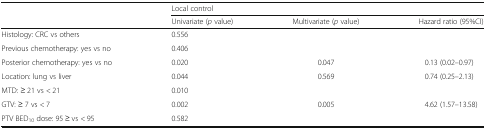
|  | <COLSPAN=3> Local control |
 |  | Univariate (p value) | Multivariate (p value) | Hazard ratio (95%CI) |
 | --- | --- | --- | --- |
 | Histology: CRC vs others | 0.556 |  |  |
 | Previous chemotherapy: yes vs no | 0.406 |  |  |
 | Posterior chemotherapy: yes vs no | 0.020 | 0.047 | 0.13 (0.02–0.97) |
 | Location: lung vs liver | 0.044 | 0.569 | 0.74 (0.25–2.13) |
 | MTD: ≥ 21 vs < 21 | 0.010 |  |  |
 | GTV: ≥ 7 vs < 7 | 0.002 | 0.005 | 4.62 (1.57–13.58) |
 | PTV BED10 dose: 95 ≥ vs < 95 | 0.582 |  |  |